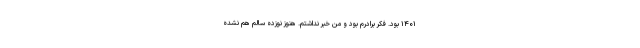
۱۴۰۱ بود. فکر برادرم بود و من خبر نداشتم. هنوز نوزده سالم هم نشده